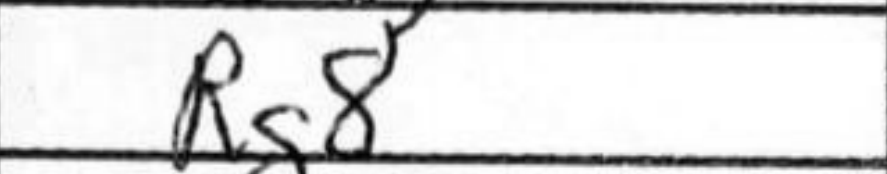
Transcription: Rg8